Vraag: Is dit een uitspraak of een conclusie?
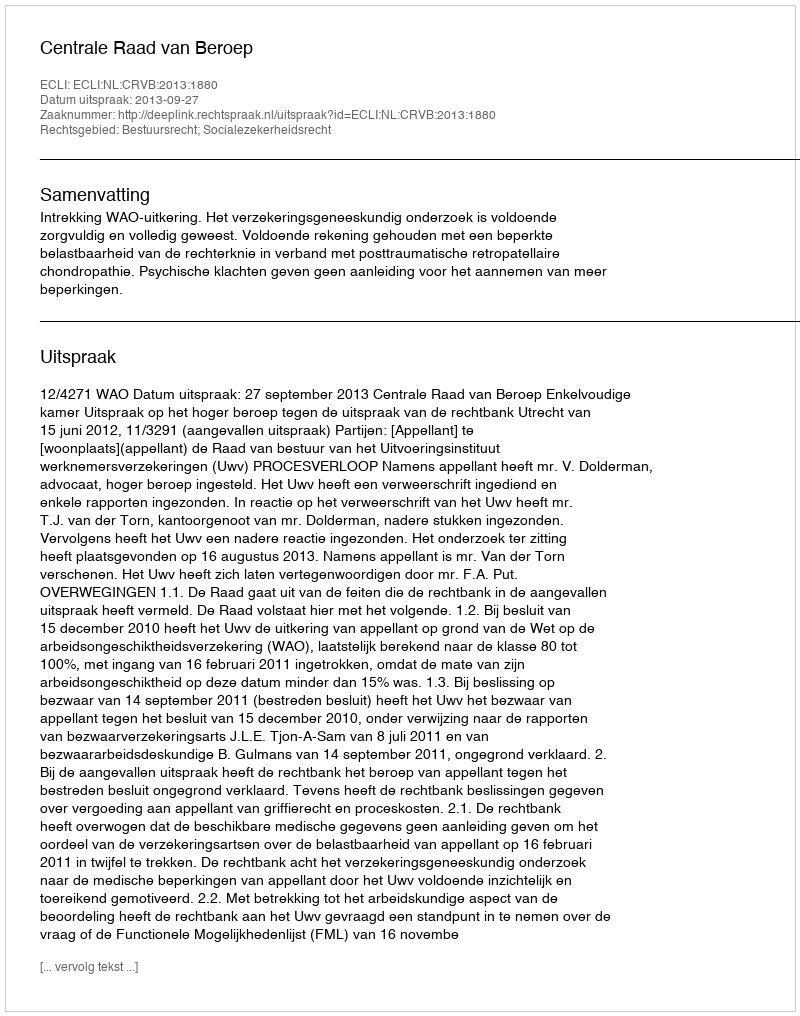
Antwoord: Uitspraak